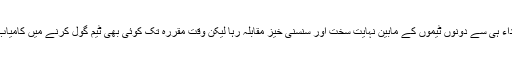
کھیل کے ابتداء ہی سے دونوں ٹیموں کے مابین نہایت سخت اور سنسنی خیز مقابلہ رہا لیکن وقت مقررہ تک کوئی بھی ٹیم گول کرنے میں کامیاب نہ ہو سکی۔